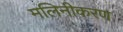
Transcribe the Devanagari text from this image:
मलिनीकरण